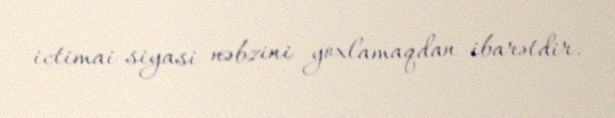
ictimai-siyasi nəbzini yoxlamaqdan ibarətdir.